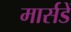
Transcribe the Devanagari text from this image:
मार्सडें